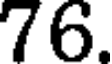
76.